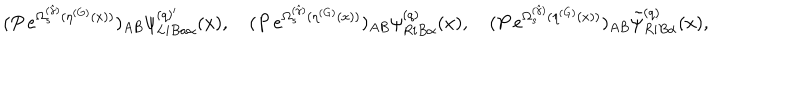
( P \, e ^ { \Omega _ { s } ^ { ( \hat { \gamma } ) } ( \eta ^ { ( G ) } ( x ) ) } ) _ { A B } \psi _ { L i B a \alpha } ^ { ( q ) { ' } } ( x ) , \quad ( P \, e ^ { \Omega _ { s } ^ { ( \hat { \gamma } ) } ( \eta ^ { ( G ) } ( x ) ) } ) _ { A B } \psi _ { R i B \alpha } ^ { ( q ) } ( x ) , \quad ( P \, e ^ { \Omega _ { s } ^ { ( \hat { \gamma } ) } ( \eta ^ { ( G ) } ( x ) ) } ) _ { A B } { \tilde { \psi } } _ { R i B \alpha } ^ { ( q ) } ( x ) ,